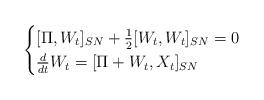
LaTeX: \begin{align*}\begin{cases} [\Pi,W_{t}]_{SN}+\frac{1}{2}[W_t,W_t]_{SN}=0\\\frac{d}{dt}W_{t}=[\Pi+W_t,X_{t}]_{SN} \end{cases}\end{align*}